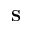
\mathbf { S }